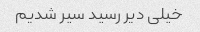
خیلی دیر رسید سیر شدیم